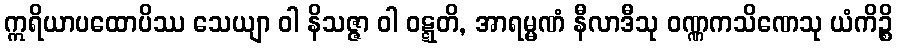
ဣရိယာပထောပိဿ သေယျာ ဝါ နိသဇ္ဇာ ဝါ ဝဋ္ဋတိ, အာရမ္မဏံ နီလာဒီသု ဝဏ္ဏကသိဏေသု ယံကိဉ္စိ